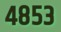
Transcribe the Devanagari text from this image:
४८५३